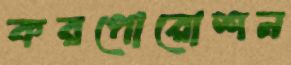
করপোরোশন